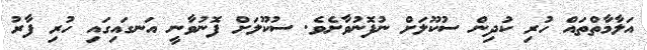
އަލާމާތްތައް ހުރި ކުދިން ސުކޫލަށް ނުފޮނުވާށެވެ. ސުކޫލަށް ފޮނުވާނީ އަނގައިގައި ހުރި ފާރު